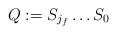
LaTeX: \begin{align*}Q:=S_{j_{f}}\dots S_{0}\end{align*}